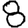
Digit: 8